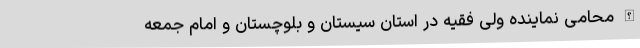
الله محامی نماینده ولی فقیه در استان سیستان و بلوچستان و امام جمعه